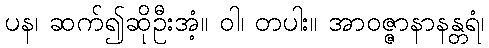
ပန၊ ဆက်၍ဆိုဦးအံ့။ ဝါ၊ တပါး။ အာဝဇ္ဇာနာနန္တရံ၊